Cholera in India, 1862 to 1881
Year: 1862
Disease focus: Cholera
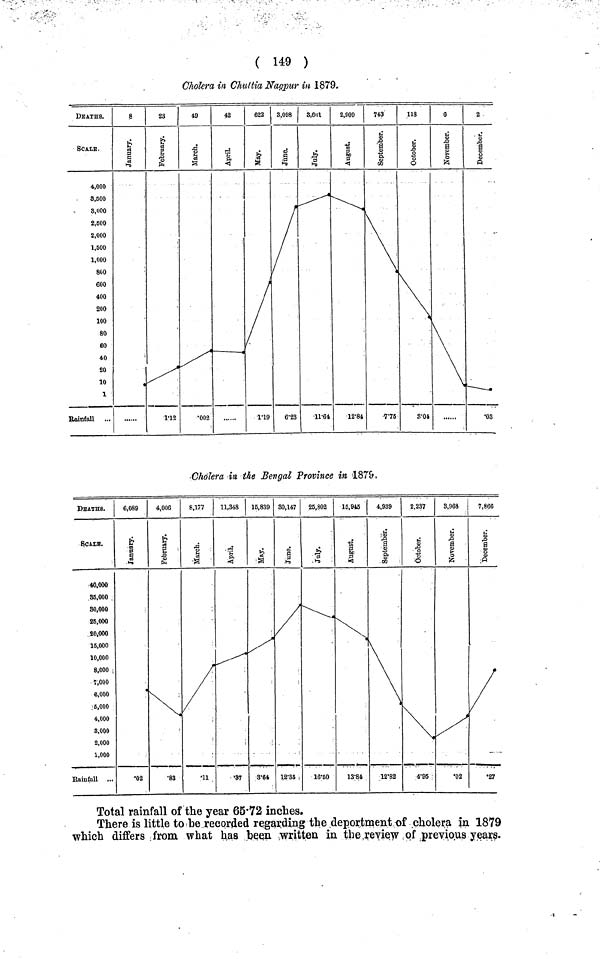
( 149 )
Cholera in Chultia Nagpur in 1879.
Total rainfall of the year 65·72 inches.
There is little to be recorded regarding the deportment of cholera in 1879
which differs from what has been written in the review of previous years.